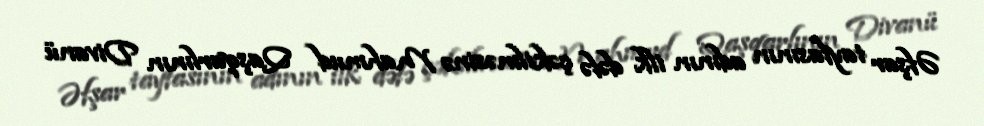
Əfşar tayfasının adının ilk dəfə çəkilməsinə Mahmud Qaşqarlının Divanü